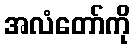
အလံတော်ကို